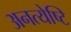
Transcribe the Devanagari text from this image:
अनत्येष्टि